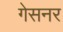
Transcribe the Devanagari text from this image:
गेसनर